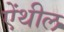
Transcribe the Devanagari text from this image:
ऐंथील